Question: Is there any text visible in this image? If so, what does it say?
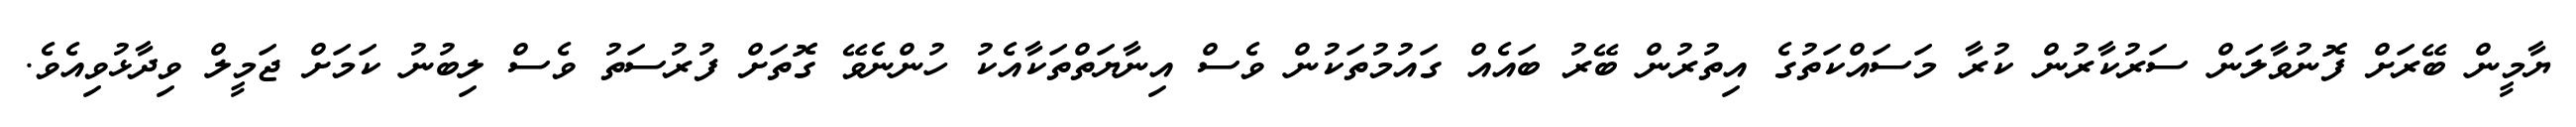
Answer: ޔާމީން ބޭރަށް ފޮނުވާލަން ސަރުކާރުން ކުރާ މަސައްކަތުގެ އިތުރުން ބޭރު ބައެއް ގައުމުތަކުން ވެސް އިނާޔަތްތަކާއެކު ހުންނެވޭ ގޮތަށް ފުރުސަތު ވެސް ލިބުނު ކަމަށް ޖަމީލް ވިދާޅުވިއެވެ.